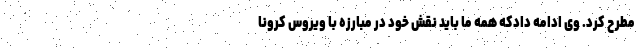
مطرح کرد. وی ادامه دادکه همه ما باید نقش خود در مبارزه با ویروس کرونا